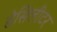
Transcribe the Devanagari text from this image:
डेसिलीटर